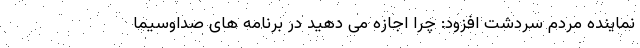
نماینده مردم سردشت افزود: چرا اجازه می دهید در برنامه های صداوسیما